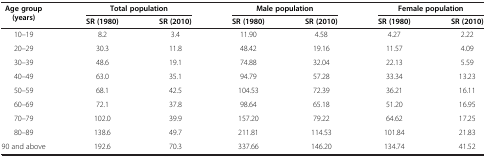
<table><thead><tr><td><b>Age group (years)</b></td><td colspan="2"><b>Total population</b></td><td colspan="2"><b>Male population</b></td><td colspan="2"><b>Female population</b></td></tr><tr><td><b> </b></td><td><b>SR (1980)</b></td><td><b>SR (2010)</b></td><td><b>SR (1980)</b></td><td><b>SR (2010)</b></td><td><b>SR (1980)</b></td><td><b>SR (2010)</b></td></tr></thead><tbody><tr><td>10–19</td><td>8.2</td><td>3.4</td><td>11.90</td><td>4.58</td><td>4.27</td><td>2.22</td></tr><tr><td>20–29</td><td>30.3</td><td>11.8</td><td>48.42</td><td>19.16</td><td>11.57</td><td>4.09</td></tr><tr><td>30–39</td><td>48.6</td><td>19.1</td><td>74.88</td><td>32.04</td><td>22.13</td><td>5.59</td></tr><tr><td>40–49</td><td>63.0</td><td>35.1</td><td>94.79</td><td>57.28</td><td>33.34</td><td>13.23</td></tr><tr><td>50–59</td><td>68.1</td><td>42.5</td><td>104.53</td><td>72.39</td><td>36.21</td><td>16.11</td></tr><tr><td>60–69</td><td>72.1</td><td>37.8</td><td>98.64</td><td>65.18</td><td>51.20</td><td>16.95</td></tr><tr><td>70–79</td><td>102.0</td><td>39.9</td><td>157.20</td><td>79.22</td><td>64.62</td><td>17.25</td></tr><tr><td>80–89</td><td>138.6</td><td>49.7</td><td>211.81</td><td>114.53</td><td>101.84</td><td>21.83</td></tr><tr><td>90 and above</td><td>192.6</td><td>70.3</td><td>337.66</td><td>146.20</td><td>134.74</td><td>41.52</td></tr></tbody></table>